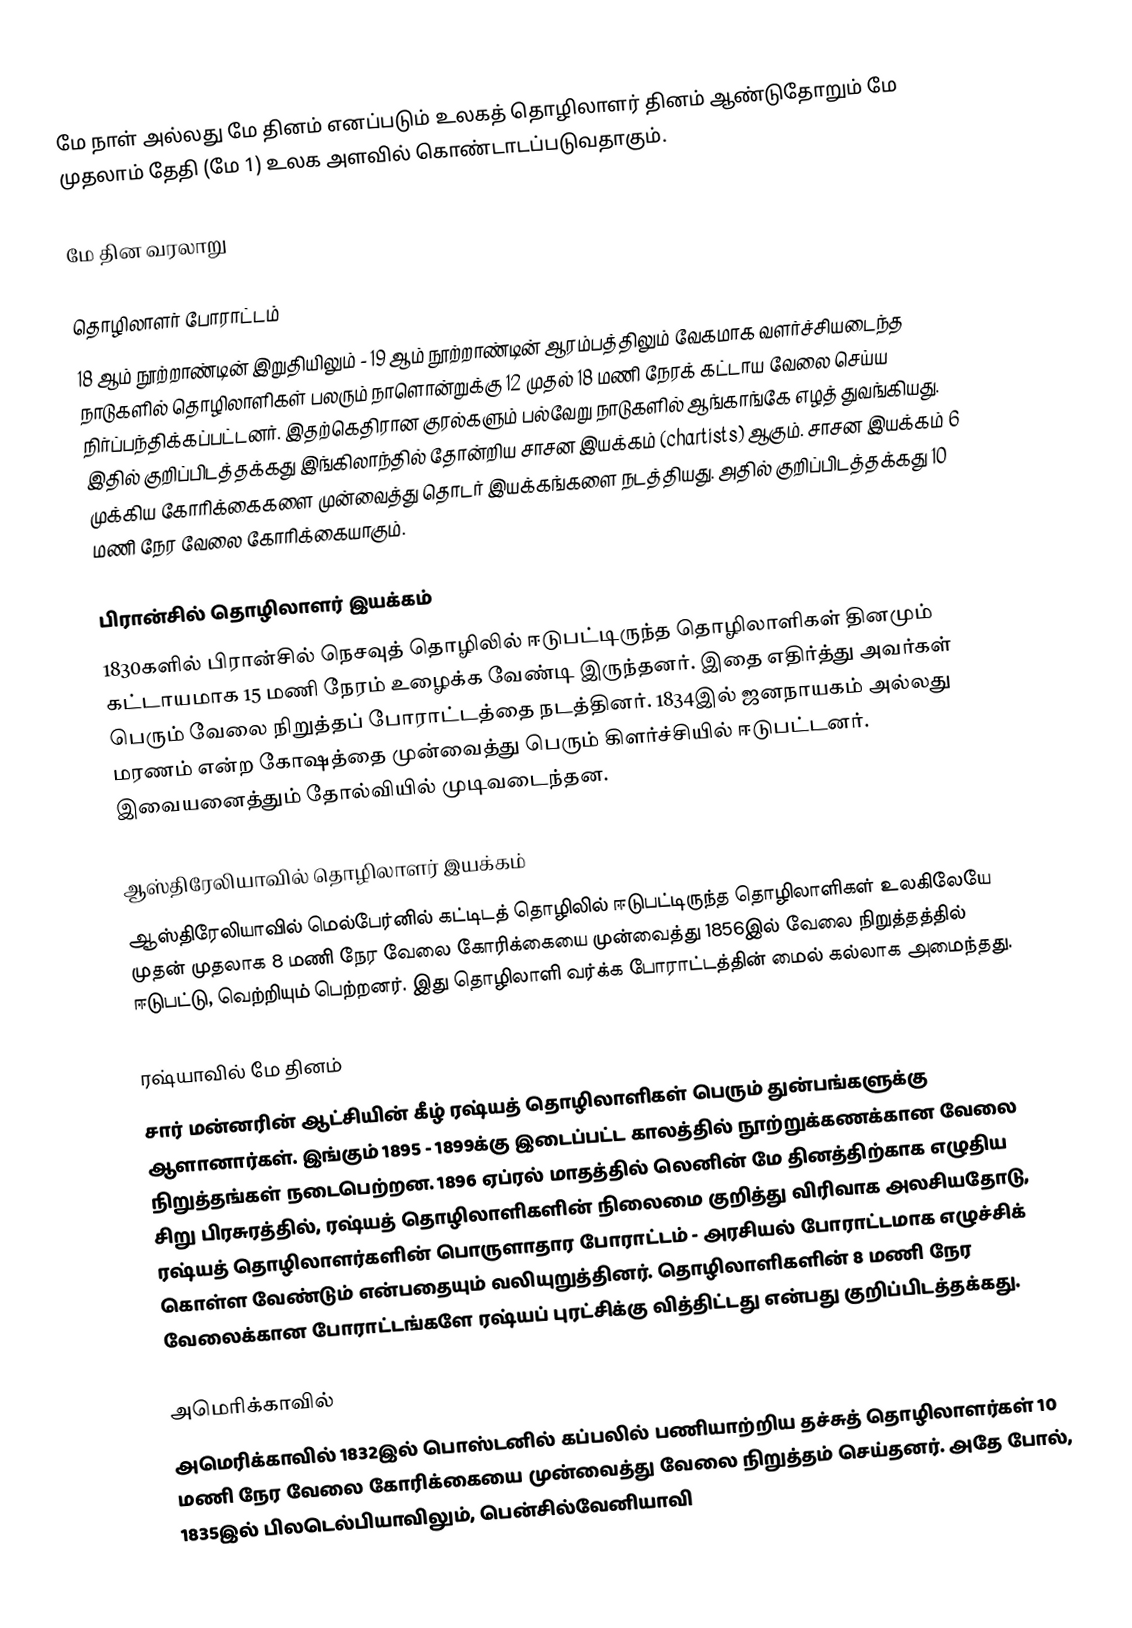
மே நாள் அல்லது மே தினம் எனப்படும் உலகத் தொழிலாளர் தினம் ஆண்டுதோறும் மே முதலாம் தேதி (மே 1) உலக அளவில் கொண்டாடப்படுவதாகும்.

மே தின வரலாறு

தொழிலாளர் போராட்டம்
18 ஆம் நூற்றாண்டின் இறுதியிலும் - 19 ஆம் நூற்றாண்டின் ஆரம்பத்திலும் வேகமாக வளர்ச்சியடைந்த நாடுகளில் தொழிலாளிகள் பலரும் நாளொன்றுக்கு 12 முதல் 18 மணி நேரக் கட்டாய வேலை செய்ய நிர்ப்பந்திக்கப்பட்டனர். இதற்கெதிரான குரல்களும் பல்வேறு நாடுகளில் ஆங்காங்கே எழத் துவங்கியது. இதில் குறிப்பிடத்தக்கது இங்கிலாந்தில் தோன்றிய சாசன இயக்கம் (chartists) ஆகும். சாசன இயக்கம் 6 முக்கிய கோரிக்கைகளை முன்வைத்து தொடர் இயக்கங்களை நடத்தியது. அதில் குறிப்பிடத்தக்கது 10 மணி நேர வேலை கோரிக்கையாகும்.

பிரான்சில் தொழிலாளர் இயக்கம்
1830களில் பிரான்சில் நெசவுத் தொழிலில் ஈடுபட்டிருந்த தொழிலாளிகள் தினமும் கட்டாயமாக 15 மணி நேரம் உழைக்க வேண்டி இருந்தனர். இதை எதிர்த்து அவர்கள் பெரும் வேலை நிறுத்தப் போராட்டத்தை நடத்தினர். 1834இல் ஜனநாயகம் அல்லது மரணம் என்ற கோஷத்தை முன்வைத்து பெரும் கிளர்ச்சியில் ஈடுபட்டனர். இவையனைத்தும் தோல்வியில் முடிவடைந்தன.

ஆஸ்திரேலியாவில் தொழிலாளர் இயக்கம்
ஆஸ்திரேலியாவில் மெல்பேர்னில் கட்டிடத் தொழிலில் ஈடுபட்டிருந்த தொழிலாளிகள் உலகிலேயே முதன் முதலாக 8 மணி நேர வேலை கோரிக்கையை முன்வைத்து 1856இல் வேலை நிறுத்தத்தில் ஈடுபட்டு, வெற்றியும் பெற்றனர். இது தொழிலாளி வர்க்க போராட்டத்தின் மைல் கல்லாக அமைந்தது.

ரஷ்யாவில் மே தினம்
சார் மன்னரின் ஆட்சியின் கீழ் ரஷ்யத் தொழிலாளிகள் பெரும் துன்பங்களுக்கு ஆளானார்கள். இங்கும் 1895 - 1899க்கு இடைப்பட்ட காலத்தில் நூற்றுக்கணக்கான வேலை நிறுத்தங்கள் நடைபெற்றன. 1896 ஏப்ரல் மாதத்தில் லெனின் மே தினத்திற்காக எழுதிய சிறு பிரசுரத்தில், ரஷ்யத் தொழிலாளிகளின் நிலைமை குறித்து விரிவாக அலசியதோடு, ரஷ்யத் தொழிலாளர்களின் பொருளாதார போராட்டம் - அரசியல் போராட்டமாக எழுச்சிக் கொள்ள வேண்டும் என்பதையும் வலியுறுத்தினர். தொழிலாளிகளின் 8 மணி நேர வேலைக்கான போராட்டங்களே ரஷ்யப் புரட்சிக்கு வித்திட்டது என்பது குறிப்பிடத்தக்கது.

அமெரிக்காவில்
அமெரிக்காவில் 1832இல் பொஸ்டனில் கப்பலில் பணியாற்றிய தச்சுத் தொழிலாளர்கள் 10 மணி நேர வேலை கோரிக்கையை முன்வைத்து வேலை நிறுத்தம் செய்தனர். அதே போல், 1835இல் பிலடெல்பியாவிலும், பென்சில்வேனியாவி